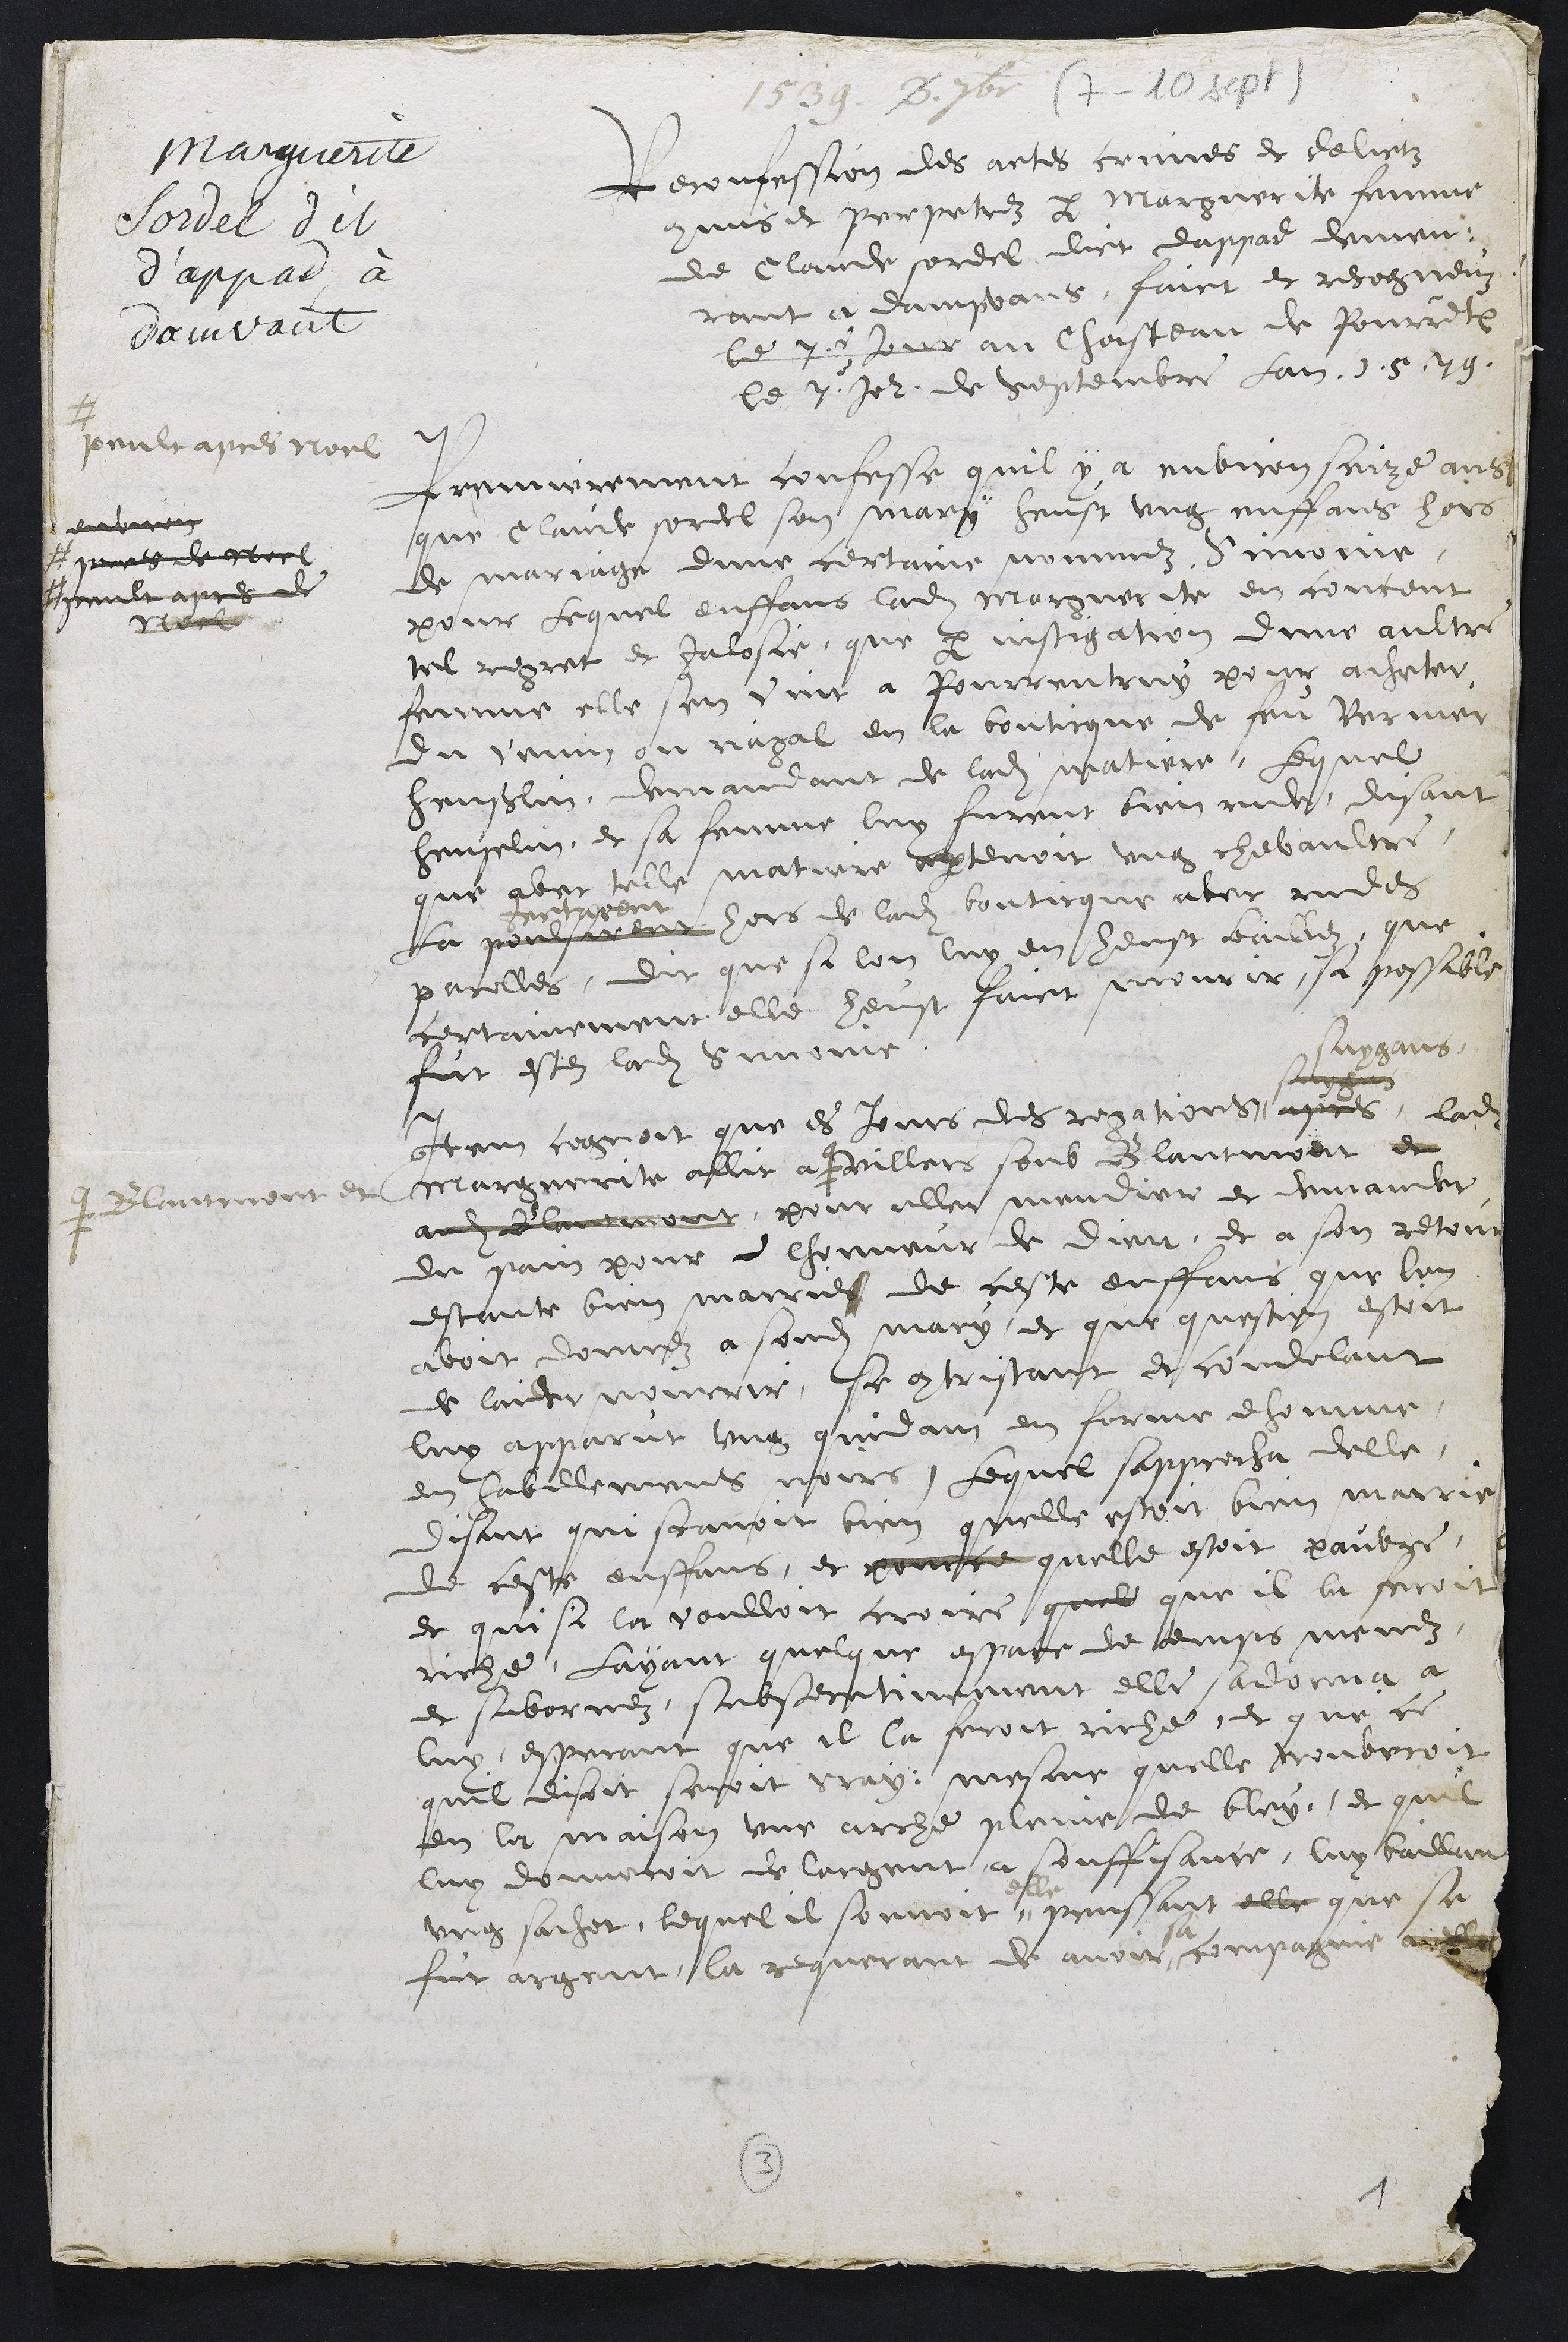
1589. 8. et 1416
Marguerite
Cordel dit.
d’appar à
davant
Reconfession des actes crimes et delictz
commis et perpetrez par Marguerie femme
de Claude sordel dict dappa demeu
rant a Dampvaux, faict et recogneuz
le du elle au Chasteau de Pourretruy,
le 8 Jour de septembre Lan 1579
+ poultapres Noel
Premierement confesse quil y a environ saire ans
que Claude sordel son mary heust ung enffans hors
environ
de mariage dune certaine nommez Suroint,
mere de quel
pour Lequel enffans ladite marguerite en concout
peult apres de
elle
tel repret et Jalosce que par instigation dune aultre
femme elle son vint a Pourrentruy pour achater
du venuz au riagal en la bonticque de feu termez
heuselin, demandant de ladite matiere, Lequel
hendellin, et sa femme luy furent bien rude, disant
que avet telle matiere apartenoit ung chevaultre,
la pousement hors de ladite bonticque aver rudes
retirent
parolles, dit que si lon luy en heust bailléz, que
certainement elle heust faict mourir sa possible
fut estez ladite sinonne
suygans,
ses
Item cognoit que es Jours des regations apres, ladite
marguerite allit a
# Blantinent et
paillers soub Blantioit et
audat, pour aller mendier et demander
du pain pour a thonneur de Dieu, et a son retour
estante bien marrier de ceste enffans que luy
avoit donnez a sondit mary et que question estoit
de laidet mourrir, se contristant et condelant
luy apparut ung quidam en ferme dhomme,
en sabillement mours, Lequel sapprocha delle,
disant qui scavoit bien quelle estoit bien marrie
de ceste enffans, et pour ce quelle estoit paige,
et qui si la voulloit croire, quel que il la feroit
riche, Layant quelque apate de temps menez,
et sabornez, subsentinement elle saddonna a
luy, esperant que il la feroit riche, et que ce
quil disoit seroit vray, mesme quelle trouveroit
en la maison une arche plaine de bley, et quil
luy donneroit de largent a souffissance, luy baillan
ung sachet, lequel il sonvoit penssant elle que sa
fut argent, la requerant de avoir compagnie aye
3
1